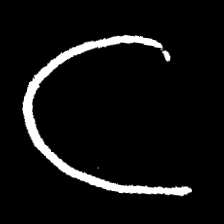
Pyu character \u2014 Myanmar letter: ဋ (romanized: tta)